Mental hospitals Bombay report 1921-28 - 1921-1928
Year: 1921
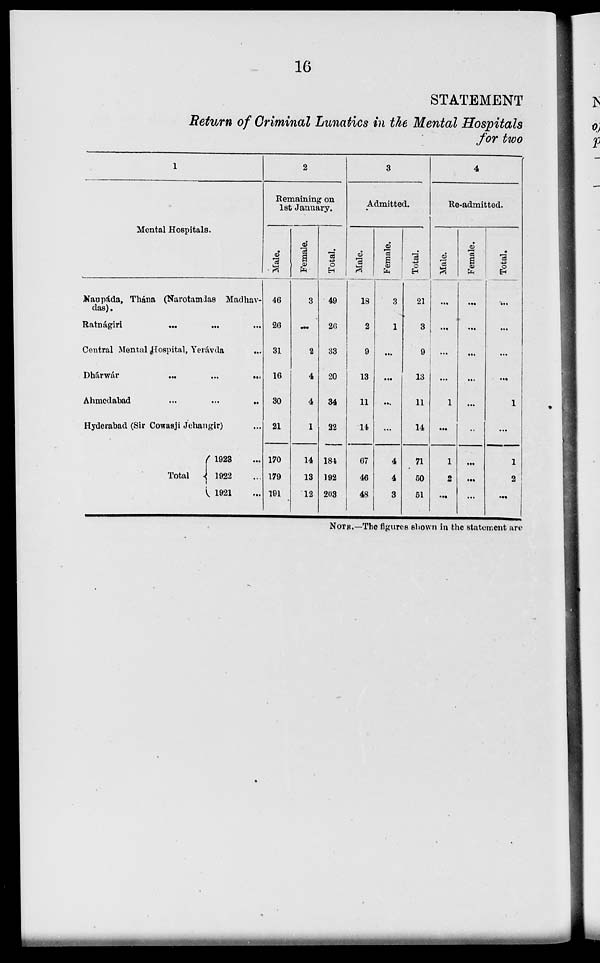
16
STATEMENT
Return of Criminal Lunatics in the Mental Hospitals
for two
1
Mental Hospitals.
Naupáda, Thána (Narotamdas Madhav-
das).
Ratnágiri
...
...
...
Central Mental Hospital, Yerávda
...
Dhárwár ... ... ...
Ahmedabad
...
...
...
Hyderabad (Sir Cowasji Jehangir) ...
Total ...
1923 ...
1922 ...
1921 ...
2
Remaining on
1st January.
Male.
46
26
31
16
30
21
170
179
191
Female.
3
...
2
4
4
1
14
13
12
Total.
49
26
33
20
34
22
184
192
203
3
Admitted.
Male.
18
2
9
13
11
14
67
46
48
Female.
3
1
...
...
...
...
4
4
3
Total.
21
3
9
13
11
14
71
50
51
4
Re-admitted.
Male.
...
...
...
...
1
...
1
2
...
Female.
...
...
...
...
...
...
...
...
...
Total.
...
...
...
...
1
...
1
2
...
NOTE.— The figures shown in the statement are